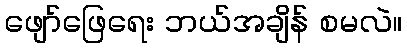
ဖျော်ဖြေရေး ဘယ်အချိန် စမလဲ။